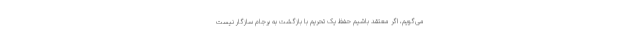
می‌گویم، اگر معتقد باشیم حفظ یک تحریم با بازگشت به برجام سازگار نیست